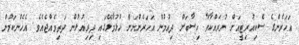
އަހަރެންގެ ސެކިއުރިޓީއަށް ނުރައްކާވާ ހިސާބަށް ދިއުމުން އަހަރެންނަށް ހުޅުމާލޭގައި ދިރިއުޅުން ދަތިވެއްޖެއެވެ. އެހެންކަމުން